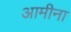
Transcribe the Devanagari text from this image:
आमीना